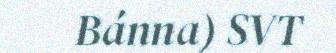
Bánna) SVT